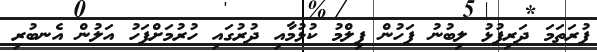
ފުރަތަމަ ދަރިފުޅު ލިބުނު ފަހުން ފިލްމު ކުޅުމާއި ދުރުގައި ހުރުމަށްފަހު އަލުން އެނބުރި